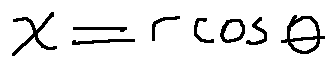
x = r \cos \theta